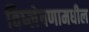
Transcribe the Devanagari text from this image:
विष्लेषणामधील